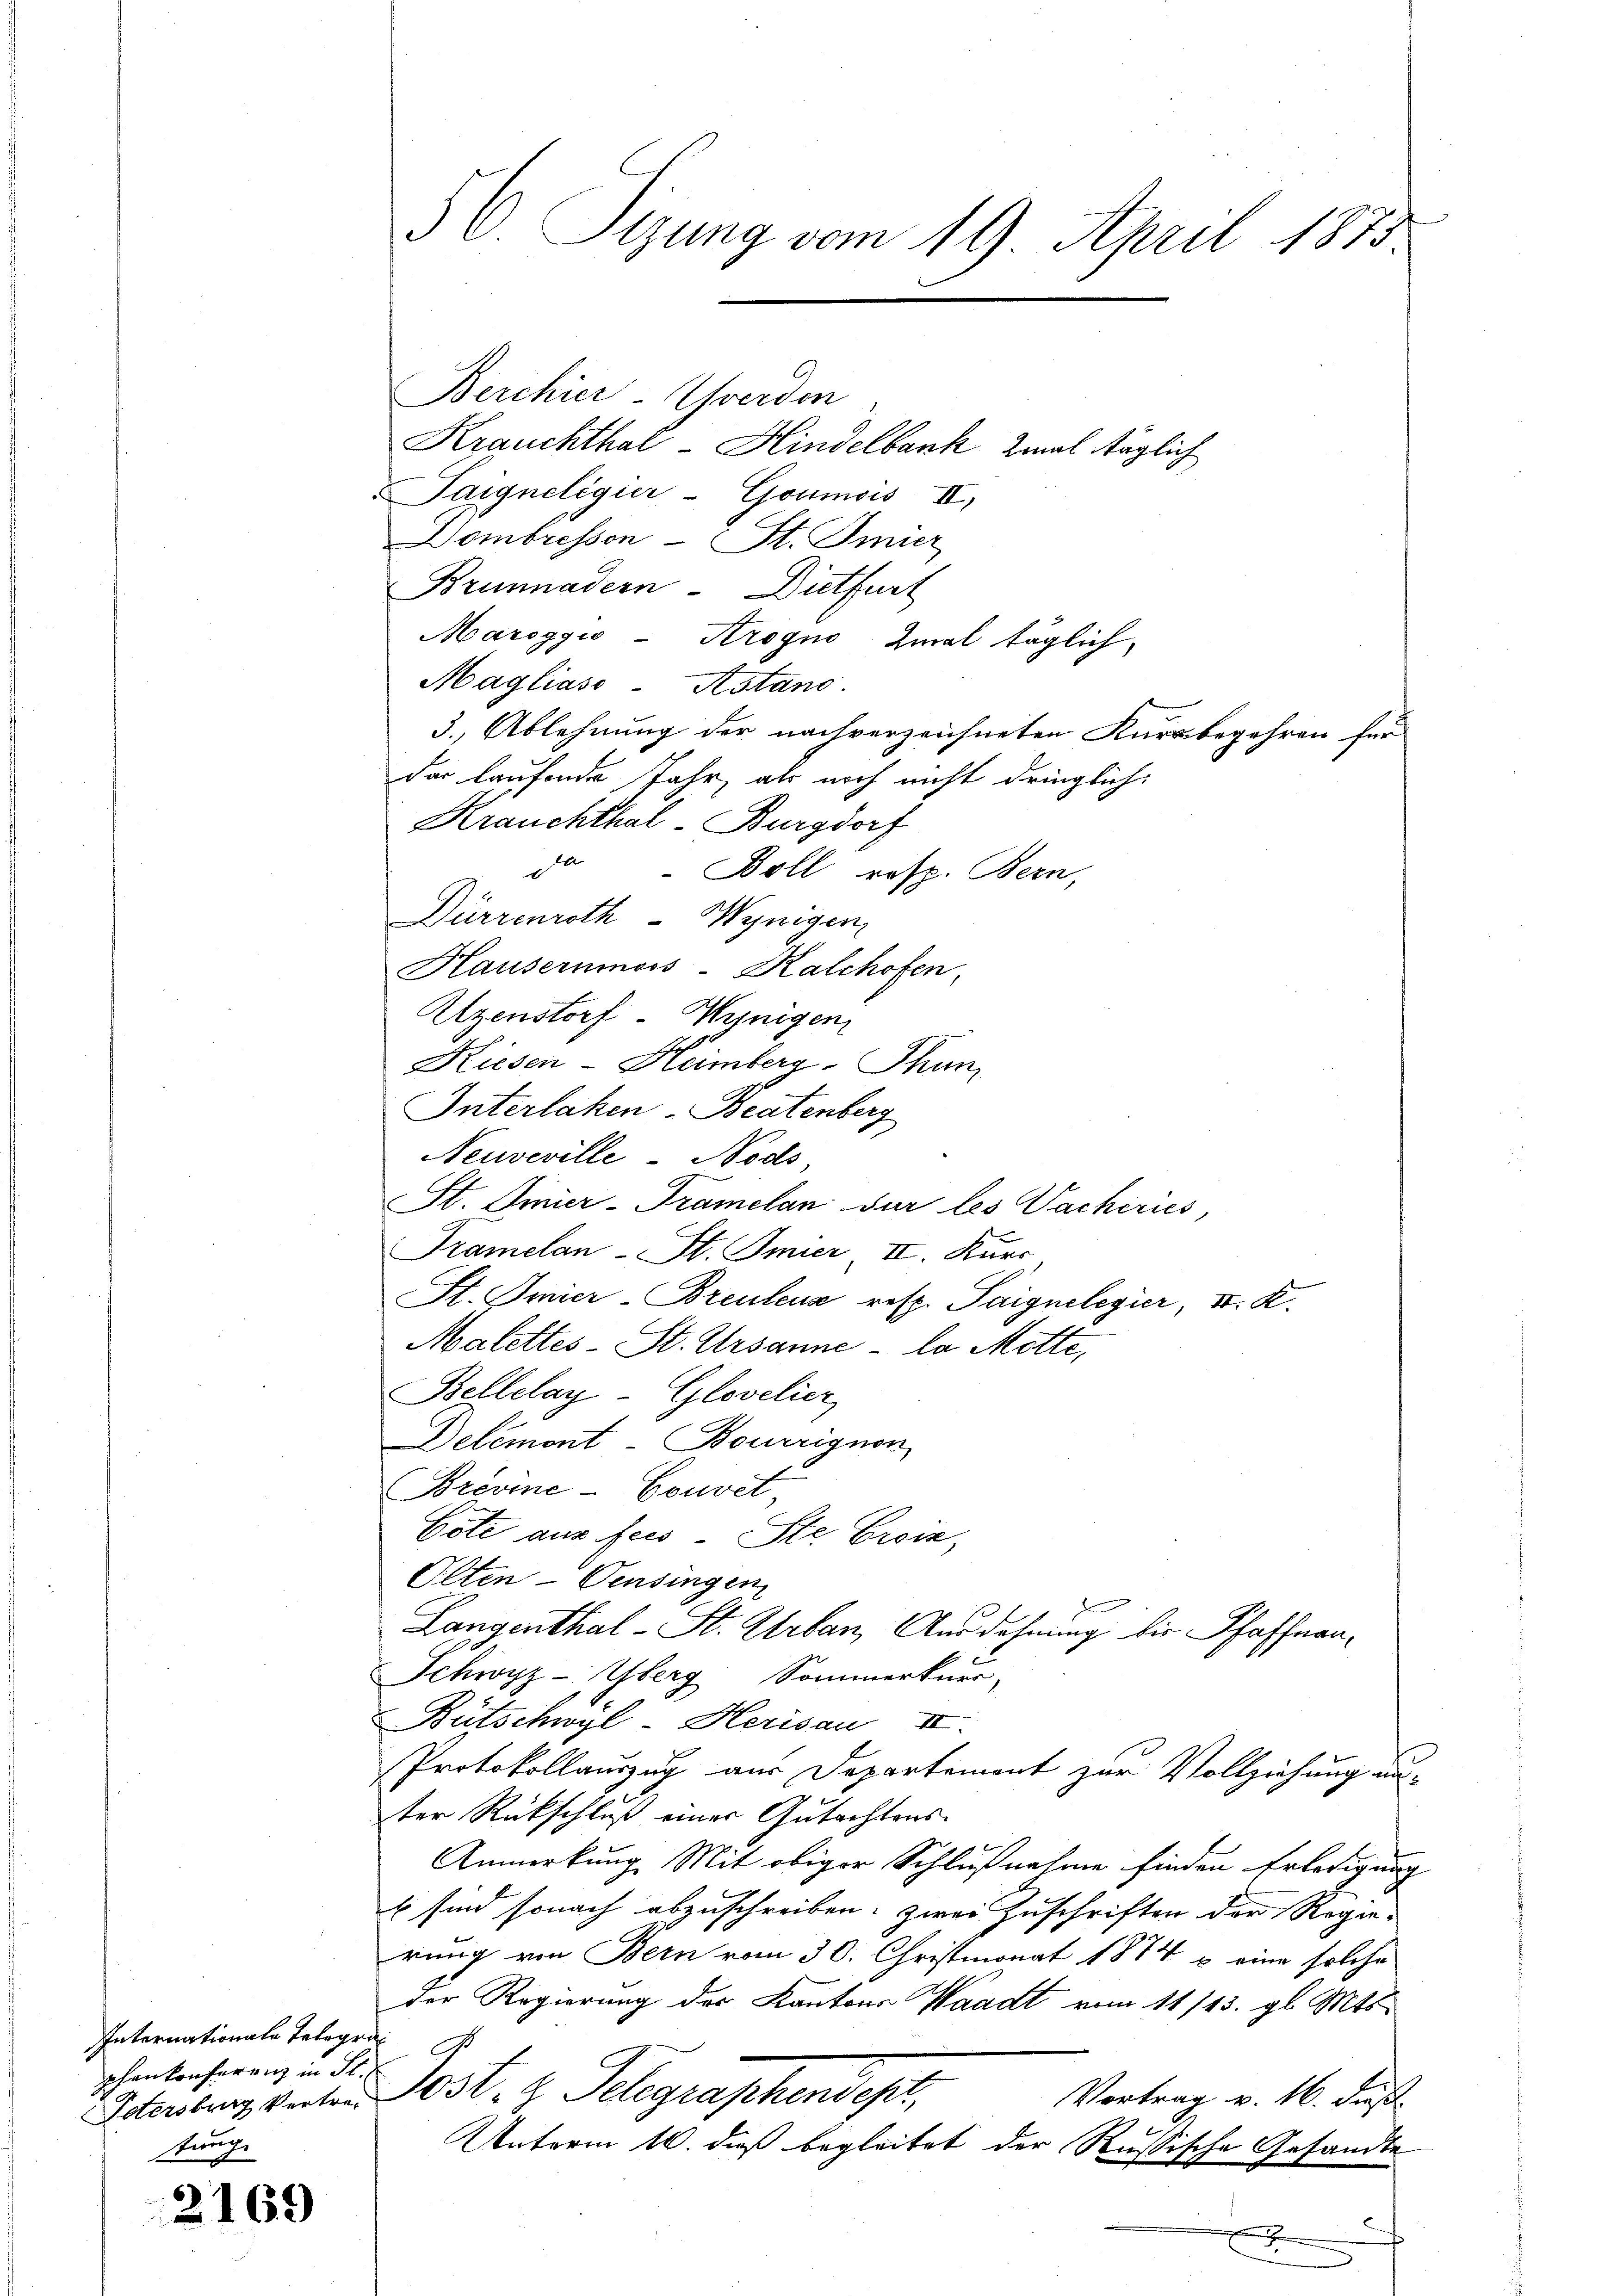
Internationale Telegra
phankonferenz in St.
tung

Berchier-Grerden
Krauchthal - Hindelbank 2mal täglich
Taigneligier - Goumois II,
Dombressen - St. Amier
Brunnadern. Dietfurt
Maroggio-Krogno Zmal täglich,
Maglias-Astand.
3. Ablehnung der nachverzeichneten Kursbegehren für
der laufende Jahr, als noch nicht dringlich:
Krauchthal, Burgdorf
da
-Boll resp. Bern,
Dürrenroth - Wenigen
Hausernmoss-Kalchofen,
Utzenstorf-Wenigen
Kiesen-Heimberg, Thun
Interlaken Beatenberg
Neuveville - Nods
St. Linier-Tramelan sur les Vachiries
Pramelan-St. Inner II. Kurs
St. Amier-Breutens resp. Taignelegier, II. K.
Malettes-St. Ursanne la Motte,
Bellelay-Glovelier
Delémont Bourrignon
Brévine-Couvet,
Cote aus feis-Ste Croix,
Peten-Pensingen
dun
Langenthal - St. Urban, Ausdehnung die Pfaffnan¬
Schwyz- Yberg Sommerkurr
Bütschwyl-Herisau III.
Protokollauszug aus Departement zur Vollziehung auster Rückschluß einer Gutachtens-
c
Anmerkung Mit obiger Schlußnahme finden Erledigung
6 sind sonach abzuschreiben; zwei Zuschriften der Regie-
rung von Bern vom 30. Christmonat 1874 u. eine solche
der Regierung der Kantons Waadt vom 11 143. gl. Mts.
s
Vortrag v. 16. dieß
Idenburg, verten Post. z. Telegraphendest,
Unterm 10. dieß begleitet der Russische Gesandte
2169
.

56. Sizung vom 19. April 1875.